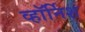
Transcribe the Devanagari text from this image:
व्हॉर्निश